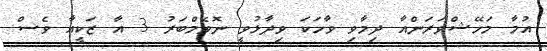
އުމާ މަހޭޝްވަރަންއާ ދިމާވި ވާހަކަ ވިދާޅުވީ ނޮވެމްބަރު 3 އާ ޒަކީއާ ވެސް